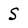
Character: S